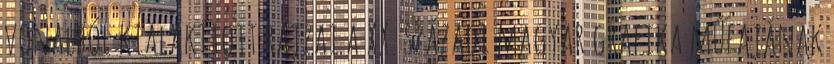
vonalból kialakított rajzai a XX. századi magyar grafika műfajának